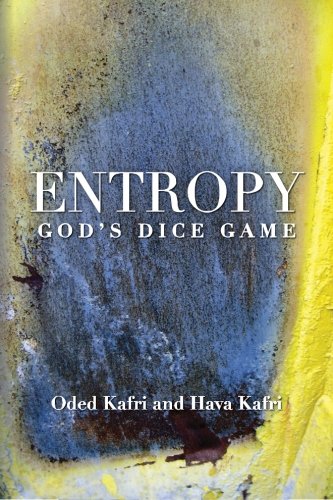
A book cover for Entropy - God's Dice Game: The book describes the historical evolution of the understanding of entropy, alongside biographies of the scientists who ... communication theory, economy, and sociology; Oded Kafri; Science & Math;